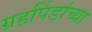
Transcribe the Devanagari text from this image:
ग्रहपिंडांच्या